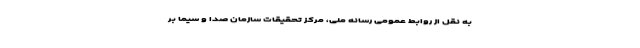
به نقل از روابط عمومی رسانه ملی، مرکز تحقیقات سازمان صدا و سیما بر